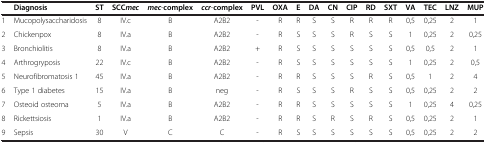
<table><thead><tr><td><b> </b></td><td><b>Diagnosis</b></td><td><b>ST</b></td><td><b>SCC<i>mec</i></b></td><td><b><i>mec</i>-complex</b></td><td><b><i>ccr</i>-complex</b></td><td><b>PVL</b></td><td><b>OXA</b></td><td><b>E</b></td><td><b>DA</b></td><td><b>CN</b></td><td><b>CIP</b></td><td><b>RD</b></td><td><b>SXT</b></td><td><b>VA</b></td><td><b>TEC</b></td><td><b>LNZ</b></td><td><b>MUP</b></td></tr></thead><tbody><tr><td>1</td><td>Mucopolysaccharidosis</td><td>8</td><td>IV.c</td><td>B</td><td>A2B2</td><td>-</td><td>R</td><td>R</td><td>S</td><td>S</td><td>R</td><td>R</td><td>R</td><td>0,5</td><td>0,25</td><td>2</td><td>1</td></tr><tr><td>2</td><td>Chickenpox</td><td>8</td><td>IV.a</td><td>B</td><td>A2B2</td><td>-</td><td>R</td><td>S</td><td>S</td><td>S</td><td>R</td><td>S</td><td>S</td><td>1</td><td>0,25</td><td>2</td><td>0,25</td></tr><tr><td>3</td><td>Bronchiolitis</td><td>8</td><td>IV.a</td><td>B</td><td>A2B2</td><td>+</td><td>R</td><td>S</td><td>S</td><td>S</td><td>S</td><td>S</td><td>S</td><td>0,5</td><td>0,5</td><td>2</td><td>1</td></tr><tr><td>4</td><td>Arthrogryposis</td><td>22</td><td>IV.c</td><td>B</td><td>A2B2</td><td>-</td><td>R</td><td>S</td><td>S</td><td>S</td><td>S</td><td>S</td><td>S</td><td>1</td><td>0,25</td><td>2</td><td>0,5</td></tr><tr><td>5</td><td>Neurofibromatosis 1</td><td>45</td><td>IV.a</td><td>B</td><td>A2B2</td><td>-</td><td>R</td><td>R</td><td>S</td><td>S</td><td>S</td><td>R</td><td>S</td><td>0,5</td><td>1</td><td>2</td><td>4</td></tr><tr><td>6</td><td>Type 1 diabetes</td><td>15</td><td>IV.a</td><td>B</td><td>neg</td><td>-</td><td>R</td><td>S</td><td>S</td><td>S</td><td>R</td><td>S</td><td>S</td><td>0,5</td><td>0,25</td><td>2</td><td>2</td></tr><tr><td>7</td><td>Osteoid osteoma</td><td>5</td><td>IV.a</td><td>B</td><td>A2B2</td><td>-</td><td>R</td><td>R</td><td>S</td><td>S</td><td>S</td><td>S</td><td>S</td><td>1</td><td>0,25</td><td>4</td><td>0,25</td></tr><tr><td>8</td><td>Rickettsiosis</td><td>1</td><td>IV.a</td><td>B</td><td>A2B2</td><td>-</td><td>R</td><td>R</td><td>S</td><td>R</td><td>S</td><td>R</td><td>S</td><td>0,5</td><td>0,25</td><td>2</td><td>1</td></tr><tr><td>9</td><td>Sepsis</td><td>30</td><td>V</td><td>C</td><td>C</td><td>-</td><td>R</td><td>S</td><td>S</td><td>S</td><td>S</td><td>S</td><td>S</td><td>0,5</td><td>0,25</td><td>2</td><td>2</td></tr></tbody></table>